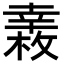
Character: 𢆧